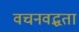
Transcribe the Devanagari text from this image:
वचनवद्धता